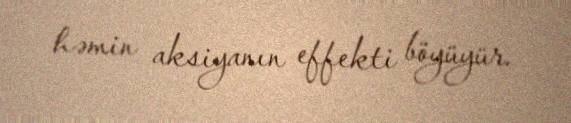
həmin aksiyanın effekti böyüyür.